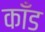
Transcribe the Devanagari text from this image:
काँड